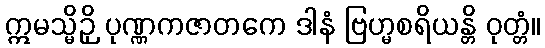
ဣမသ္မိဉှိ ပုဏ္ဏကဇာတကေ ဒါနံ ဗြဟ္မစရိယန္တိ ဝုတ္တံ။